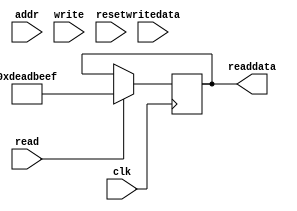
`timescale 1ns/1ns

module regtest(input wire signed [31:0] writedata,
			   output reg signed [31:0] readdata,
			   input wire 		[2:0]  addr,
			   input wire 		  	   read,
			   input wire 			   write,
			   input wire 			   clk,
			   input wire 			   reset);
			   
		always @(posedge clk)
		begin
			if (read)
				readdata <= 32'hdeadbeef;
		end
endmodule